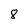
Character: 8